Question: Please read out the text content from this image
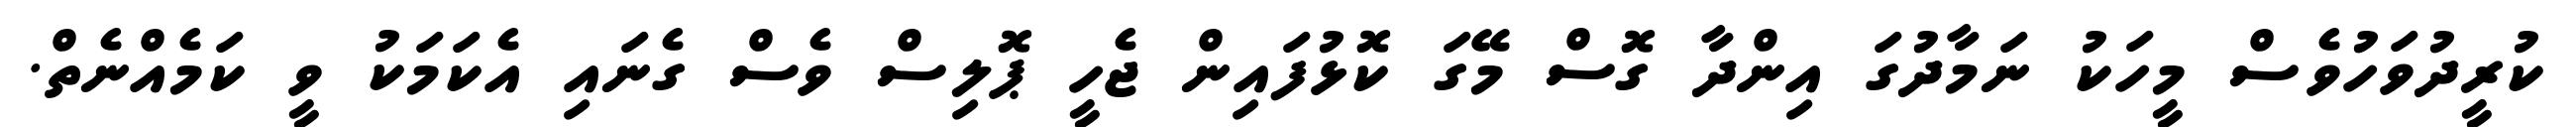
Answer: ކުރީދުވަހުވެސް މީހަކު ނަމާދުގަ އިންދާ ގޮސް މޭގަ ކޮޅުފައިން ޖެހީ ޕޮލިސް ވެސް ގެނައި އެކަމަކު ވީ ކަމެއްނެތް.